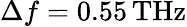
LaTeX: \Delta f=0.55\, \mathrm{THz}